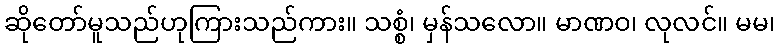
ဆိုတော်မူသည်ဟုကြားသည်ကား။ သစ္စံ၊ မှန်သလော။ မာဏဝ၊ လုလင်။ မမ၊